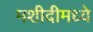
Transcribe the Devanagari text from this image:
मशीदीमध्ये